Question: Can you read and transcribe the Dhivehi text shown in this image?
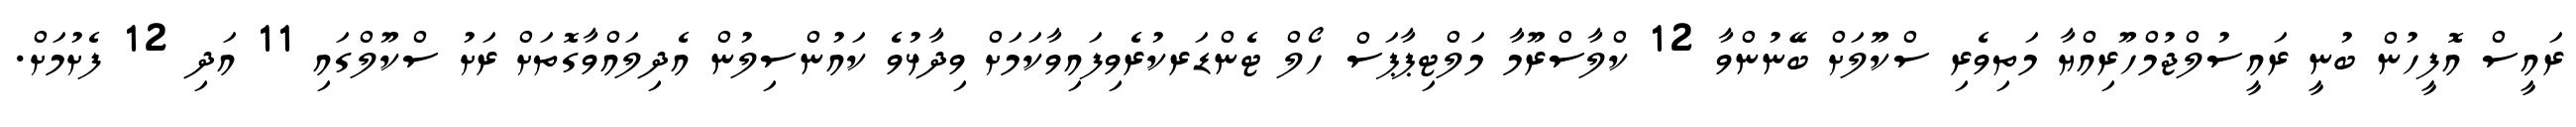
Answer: ރައީސް އޮފީހުން ބުނީ ރައީސުލްޖުމްހޫރިއްޔާ މަތިވެރި ސްކޫލަށް ބޭނުންވާ 12 ކްލާސްރޫމާ މަލްޓިޕާޕަސް ހޯލް ޓެންޑަރކުރެވިފައިވާކަމަށް ވިދާޅުވެ ކައުންސިލުން އެދިލައްވާގޮތަށް ރަށު ސްކޫލްގައި 11 އަދި 12 ފެށުމަށް.